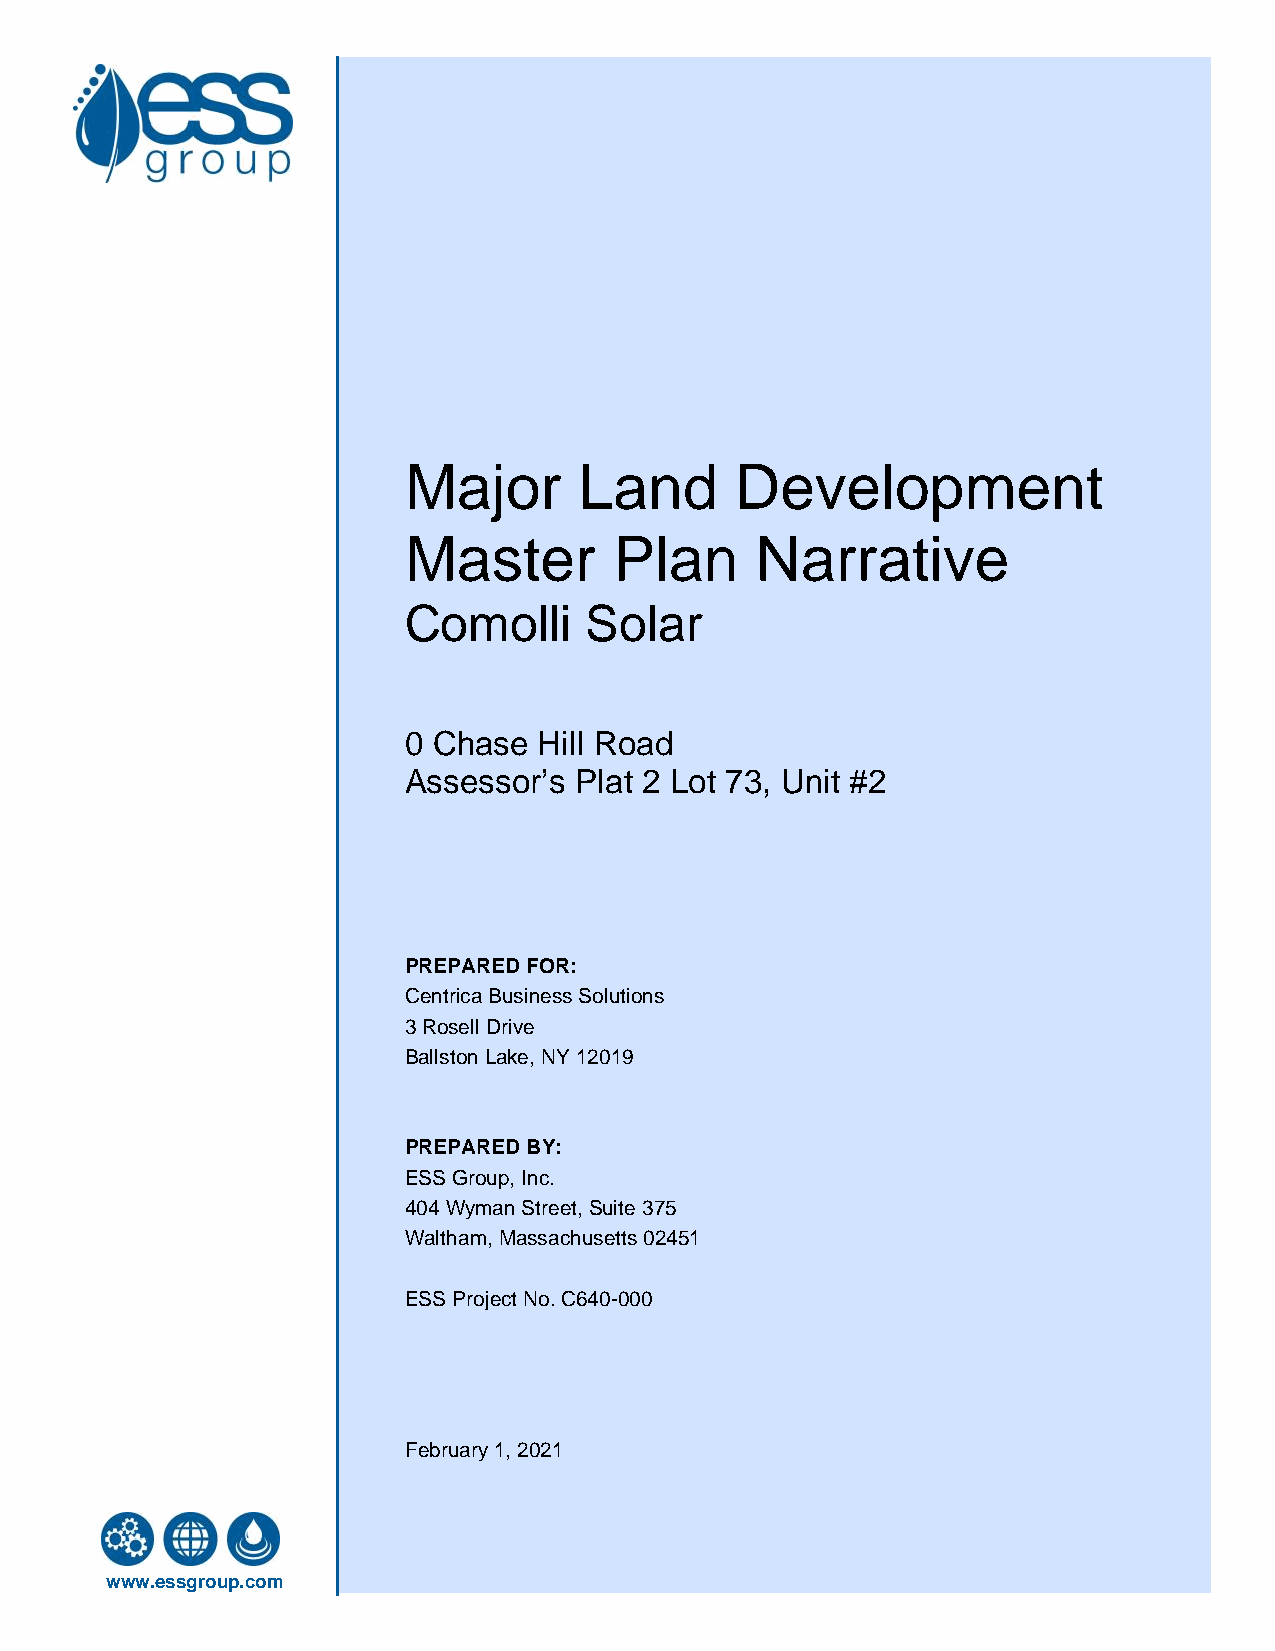
Major      Land       Development
 Master        Plan     Narrative
 Comolli     Solar
 0 Chase  Hill Road
 Assessor’s Plat 2 Lot 73, Unit #2
 PREPARED FOR:
 Centrica Business Solutions
 3 Rosell Drive
 Ballston Lake, NY 12019
 PREPARED BY:
 ESS Group, Inc.
 404 Wyman Street, Suite 375
 Waltham, Massachusetts 02451
 ESS Project No. C640-000
 February 1, 2021
 www.essgroup.com